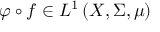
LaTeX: \varphi \circ f \in L ^ { 1 } \left( X , \Sigma , \mu \right)